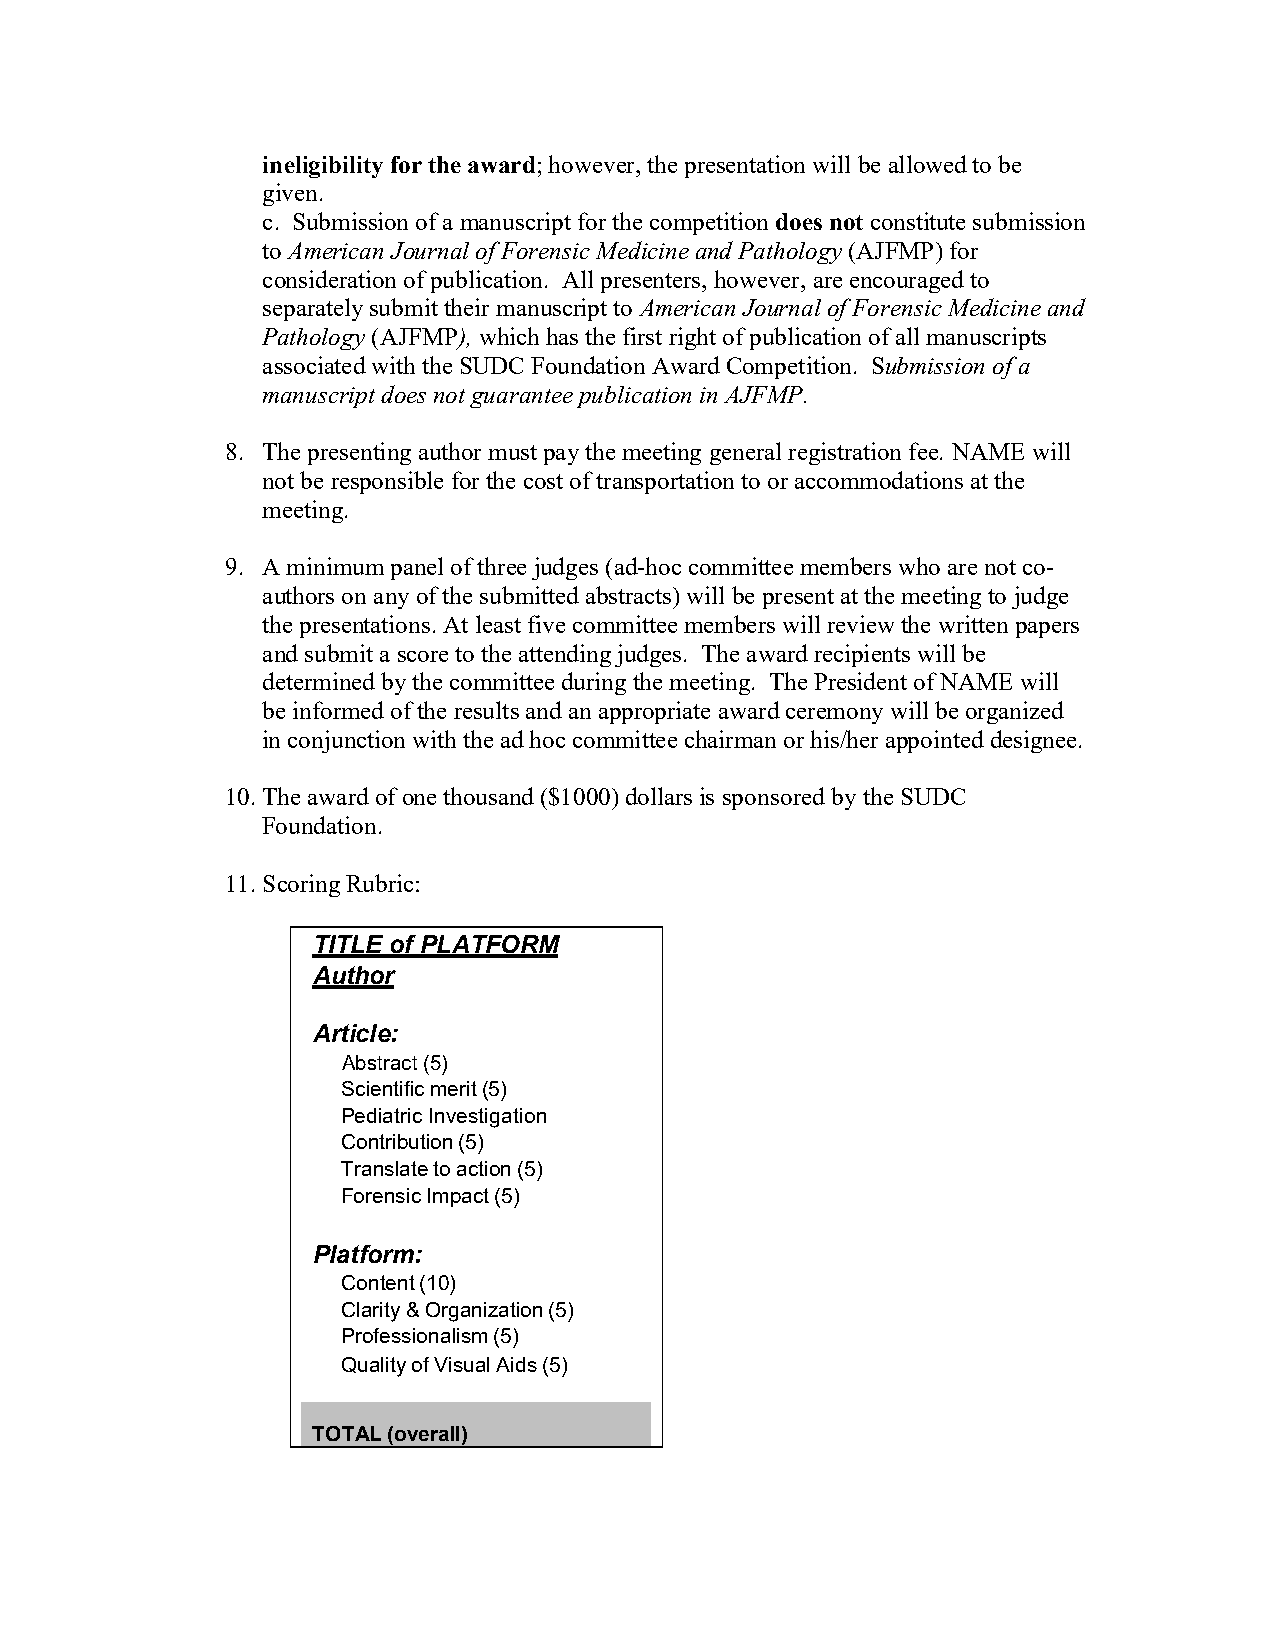
ineligibility for the award; however, the presentation will be allowed to be
 given.
 c. Submission of a manuscript for the competition does not constitute submission
 to American Journal of Forensic Medicine and Pathology (AJFMP) for
 consideration of publication. All presenters, however, are encouraged to
 separately submit their manuscript to American Journal of Forensic Medicine and
 Pathology (AJFMP), which has the first right of publication of all manuscripts
 associated with the SUDC Foundation Award Competition. Submission of a
 manuscript does not guarantee publication in AJFMP.
 8. The presenting author must pay the meeting general registration fee. NAME will
 not be responsible for the cost of transportation to or accommodations at the
 meeting.
 9. A minimum panel of three judges (ad-hoc committee members who are not co-
 authors on any of the submitted abstracts) will be present at the meeting to judge
 the presentations. At least five committee members will review the written papers
 and submit a score to the attending judges. The award recipients will be
 determined by the committee during the meeting. The President of NAME will
 be informed of the results and an appropriate award ceremony will be organized
 in conjunction with the ad hoc committee chairman or his/her appointed designee.
 10. The award of one thousand ($1000) dollars is sponsored by the SUDC
 Foundation.
 11. Scoring Rubric:
 TITLE of PLATFORM
 Author
 Article:
 Abstract (5)
 Scientific merit (5)
 Pediatric Investigation
 Contribution (5)
 Translate to action (5)
 Forensic Impact (5)
 Platform:
 Content (10)
 Clarity & Organization (5)
 Professionalism (5)
 Quality of Visual Aids (5)
 TOTAL (overall)